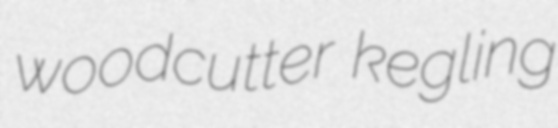
woodcutter kegling